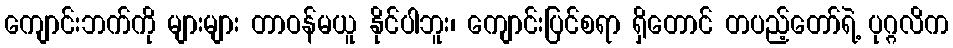
ကျောင်းဘက်ကို များများ တာဝန်မယူ နိုင်ပါဘူး၊ ကျောင်းပြင်စရာ ရှိတောင် တပည့်တော်ရဲ့ ပုဂ္ဂလိက